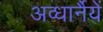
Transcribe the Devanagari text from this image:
अव्धार्नैयें